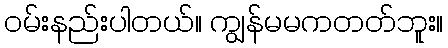
ဝမ်းနည်းပါတယ်။ ကျွန်မမကတတ်ဘူး။